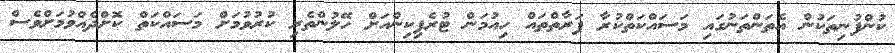
ކުންފުނިތަކުން އެތަންތަނުގައި މަސައްކަތްކުރާ ފަރާތްތައް ހިއުމަން ޓުރެފިކިންއަށް ހޭލުންތެރި ކުރުވުމަށް މަސައްކަތް ކޮށްދެއްވުމަށްވެސް